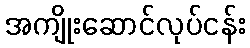
အကျိုးဆောင်လုပ်ငန်း